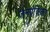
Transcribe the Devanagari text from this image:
जनरंजिका